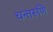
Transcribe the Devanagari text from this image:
चन्तरुणि